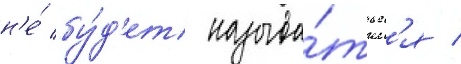
н'е́ бу́д'ет называ́тьс'я /